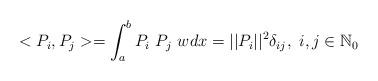
LaTeX: \begin{align*}<P_i,P_j>=\int^{b}_{a} P_i\ P_j\ w dx = ||P_i||^2\delta_{ij},\ i,j\in\mathbb{N}_0 \end{align*}